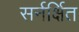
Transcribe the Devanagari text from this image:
सर्नर्क्षित